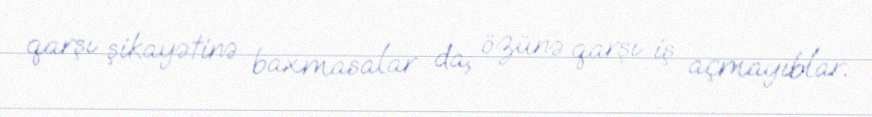
qarşı şikayətinə baxmasalar da, özünə qarşı iş açmayıblar.